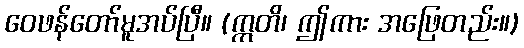
ဝေဖန်တော်မူအပ်ပြီ။ (ဣတိ၊ ဤကား အဖြေတည်း။)